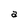
Character: a